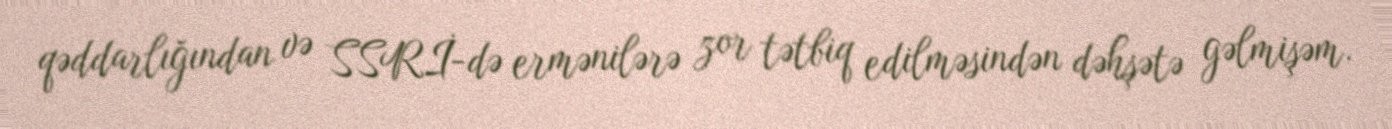
qəddarlığından və SSRİ-də ermənilərə zor tətbiq edilməsindən dəhşətə gəlmişəm.